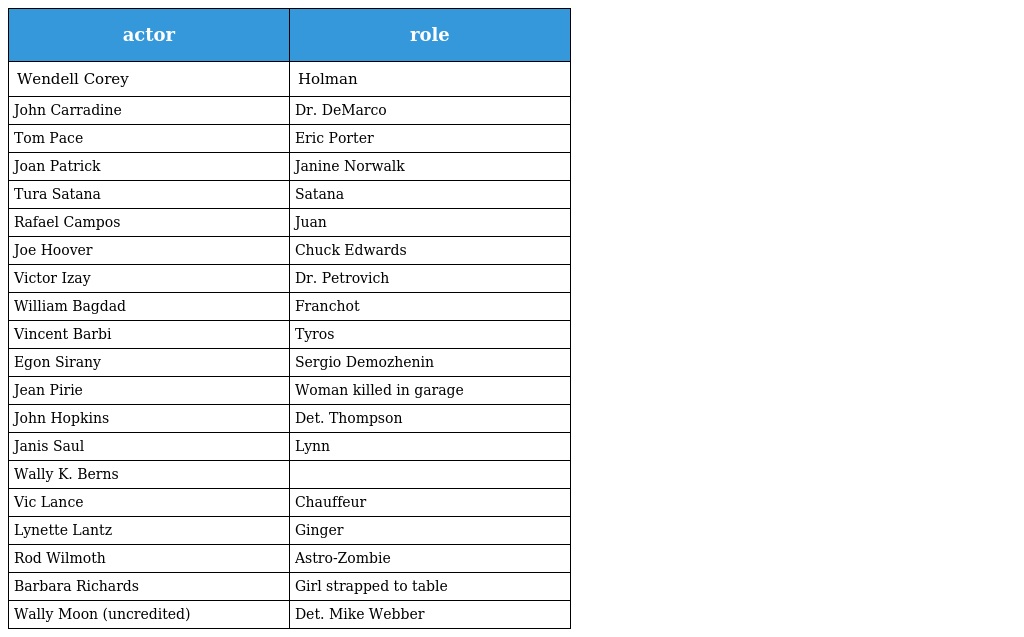
| actor | role |
 | --- | --- |
 | Wendell Corey | Holman |
 | John Carradine | Dr. DeMarco |
 | Tom Pace | Eric Porter |
 | Joan Patrick | Janine Norwalk |
 | Tura Satana | Satana |
 | Rafael Campos | Juan |
 | Joe Hoover | Chuck Edwards |
 | Victor Izay | Dr. Petrovich |
 | William Bagdad | Franchot |
 | Vincent Barbi | Tyros |
 | Egon Sirany | Sergio Demozhenin |
 | Jean Pirie | Woman killed in garage |
 | John Hopkins | Det. Thompson |
 | Janis Saul | Lynn |
 | Wally K. Berns |  |
 | Vic Lance | Chauffeur |
 | Lynette Lantz | Ginger |
 | Rod Wilmoth | Astro-Zombie |
 | Barbara Richards | Girl strapped to table |
 | Wally Moon (uncredited) | Det. Mike Webber |